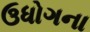
ઉધોગના